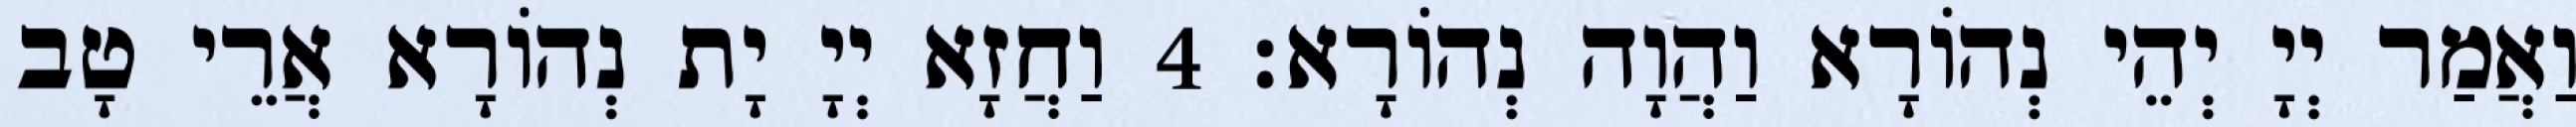
וַאֲמַר יְיָ יְהֵי נְהוֹרָא וַהֲוָה נְהוֹרָא׃ 4 וַחֲזָא יְיָ יָת נְהוֹרָא אֲרֵי טָב